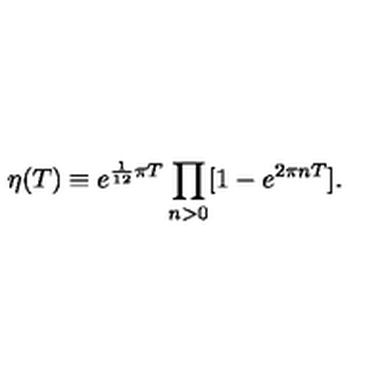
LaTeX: \eta ( T ) \equiv e ^ { \frac { 1 } { 1 2 } \pi T } \prod _ { n > 0 } [ 1 - e ^ { 2 \pi n T } ] .